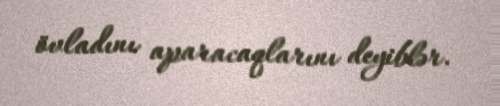
övladını aparacaqlarını deyiblər.